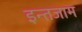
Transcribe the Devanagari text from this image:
इन्‍तजाम